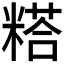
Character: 𰫇